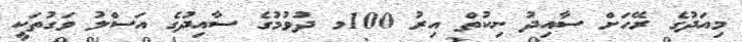
މިއަދުގެ ރޭހަށް ސާއިދު ނިކުތް އިރު 100މ ދުވުމުގެ ސާއިދުގެ އަސްލު ވަގުތަކީ